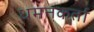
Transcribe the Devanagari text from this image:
धमनकर्ता